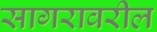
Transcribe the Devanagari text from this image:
सागरावरील